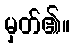
မှတ်၏။